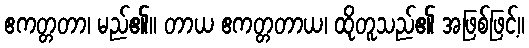
ဧကတ္တတာ၊ မည်၏။ တာယ ဧကတ္တတာယ၊ ထိုတူသည်၏ အဖြစ်ဖြင့်။